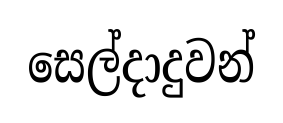
සෙල්දාදුවන්